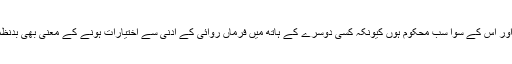
تنہا ایک ہی حاکم ہو اور اس کے سوا سب محکوم ہوں کیونکہ کسی دوسرے کے ہاتھ میں فرماں روائی کے ادنٰی سے اختیارات ہونے کے معنی بھی بدنظمی اور فساد کے ہیں۔